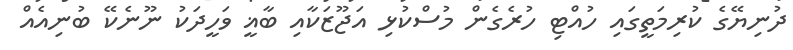
ދުނިޔޭގެ ކުރިމަތީގައި ހުއްޓި ހުރެގެން މުސްކުޅި އަޖޫޒަކާއި ބާޣީ ވަހީދަކު ނޫނެކޭ ބުނިއެއް